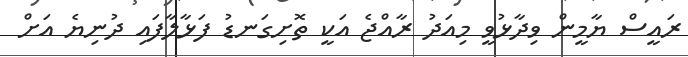
ރައީސް ޔާމީން ވިދާޅުވީ މިއަދު ރާއްޖެ އަކީ ތޮށިގަނޑު ފަޅާލާފައި ދުނިޔެ އަށް